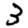
Digit: 3